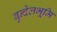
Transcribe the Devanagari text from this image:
बुन्देलभूमि